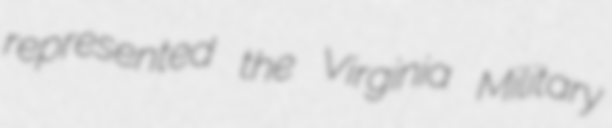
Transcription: represented the Virginia Military